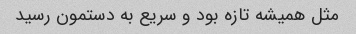
مثل همیشه تازه بود و سریع به دستمون رسید